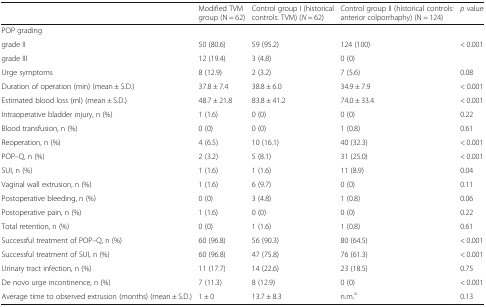
|  | Modified TVM group (N = 62) | Control group I (historical controls: TVM) (N = 62) | Control group II (historical controls: anterior colporrhaphy) (N = 124) | p value |
 | --- | --- | --- | --- | --- |
 | <COLSPAN=5> POP grading |
 | grade II | 50 (80.6) | 59 (95.2) | 124 (100) | <ROWSPAN=2> < 0.001 |
 | grade III | 12 (19.4) | 3 (4.8) | 0 (0) |
 | Urge symptoms | 8 (12.9) | 2 (3.2) | 7 (5.6) | 0.08 |
 | Duration of operation (min) (mean ± S.D.) | 37.8 ± 7.4 | 38.8 ± 6.0 | 34.9 ± 7.9 | < 0.001 |
 | Estimated blood loss (ml) (mean ± S.D.) | 48.7 ± 21.8 | 83.8 ± 41.2 | 74.0 ± 33.4 | < 0.001 |
 | Intraoperative bladder injury, n (%) | 1 (1.6) | 0 (0) | 0 (0) | 0.22 |
 | Blood transfusion, n (%) | 0 (0) | 0 (0) | 1 (0.8) | 0.61 |
 | Reoperation, n (%) | 4 (6.5) | 10 (16.1) | 40 (32.3) | < 0.001 |
 | POP–Q, n (%) | 2 (3.2) | 5 (8.1) | 31 (25.0) | < 0.001 |
 | SUI, n (%) | 1 (1.6) | 1 (1.6) | 11 (8.9) | 0.04 |
 | Vaginal wall extrusion, n (%) | 1 (1.6) | 6 (9.7) | 0 (0) | 0.11 |
 | Postoperative bleeding, n (%) | 0 (0) | 3 (4.8) | 1 (0.8) | 0.06 |
 | Postoperative pain, n (%) | 1 (1.6) | 0 (0) | 0 (0) | 0.22 |
 | Total retention, n (%) | 0 (0) | 1 (1.6) | 1 (0.8) | 0.61 |
 | Successful treatment of POP–Q, n (%) | 60 (96.8) | 56 (90.3) | 80 (64.5) | < 0.001 |
 | Successful treatment of SUI, n (%) | 60 (96.8) | 47 (75.8) | 76 (61.3) | < 0.001 |
 | Urinary tract infection, n (%) | 11 (17.7) | 14 (22.6) | 23 (18.5) | 0.75 |
 | De novo urge incontinence, n (%) | 7 (11.3) | 8 (12.9) | 0 (0) | < 0.001 |
 | Average time to observed extrusion (months) (mean ± S.D.) | 1 ± 0 | 13.7 ± 8.3 | n.m.a | 0.13 |